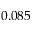
0 . 0 8 5